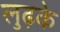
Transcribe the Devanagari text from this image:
लुढ़के